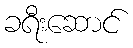
ခရီးဆောင်